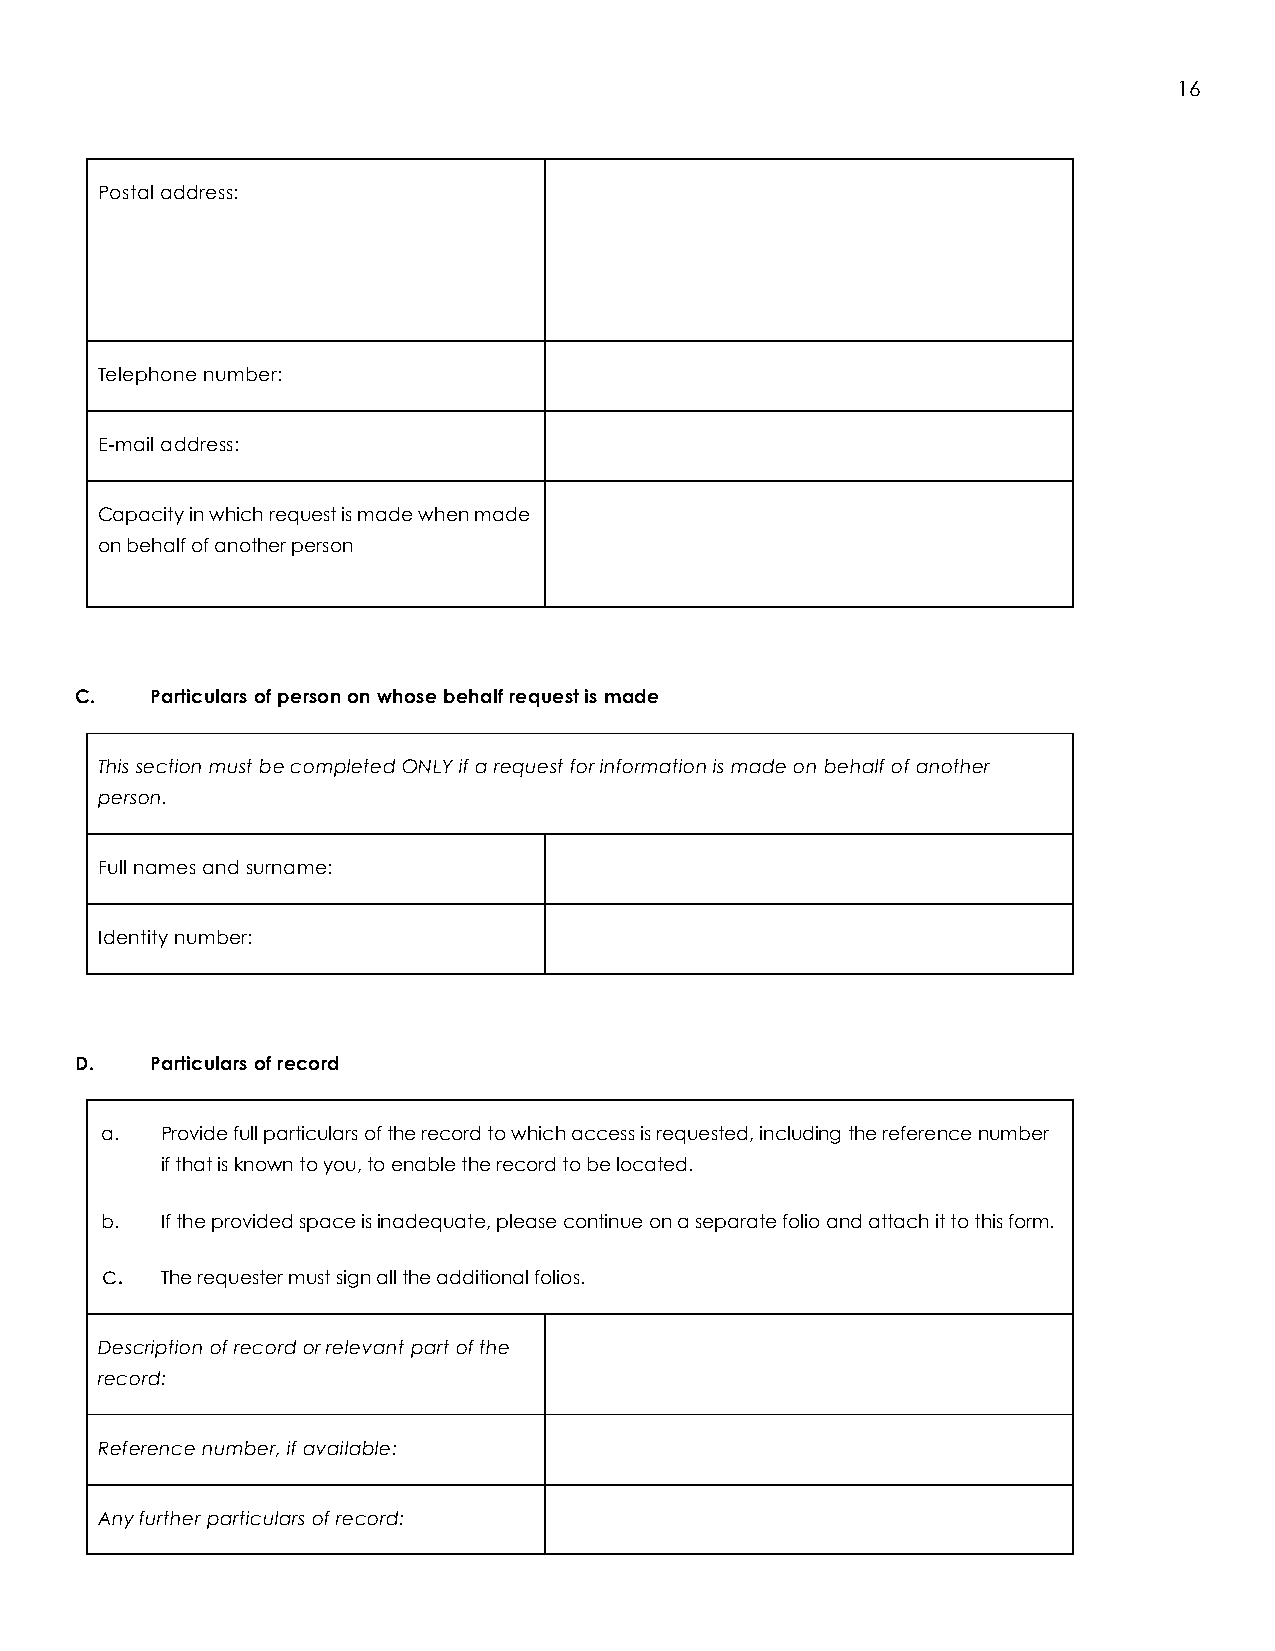
16
 Postal address:
 Telephone number:
 E-mail address:
 Capacity in which request is made when made
 on behalf of another person
 C.   Particulars of person on whose behalf request is made
 This section must be completed ONLY if a request for information is made on behalf of another
 person.
 Full names and surname:
 Identity number:
 D.   Particulars of record
 a.  Provide full particulars of the record to which access is requested, including the reference number
 if that is known to you, to enable the record to be located.
 b.  If the provided space is inadequate, please continue on a separate folio and attach it to this form.
 c.  The requester must sign all the additional folios.
 Description of record or relevant part of the
 record:
 Reference number, if available:
 Any further particulars of record: